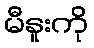
မီနူးကို